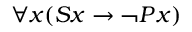
\forall x ( S x \rightarrow \neg P x )